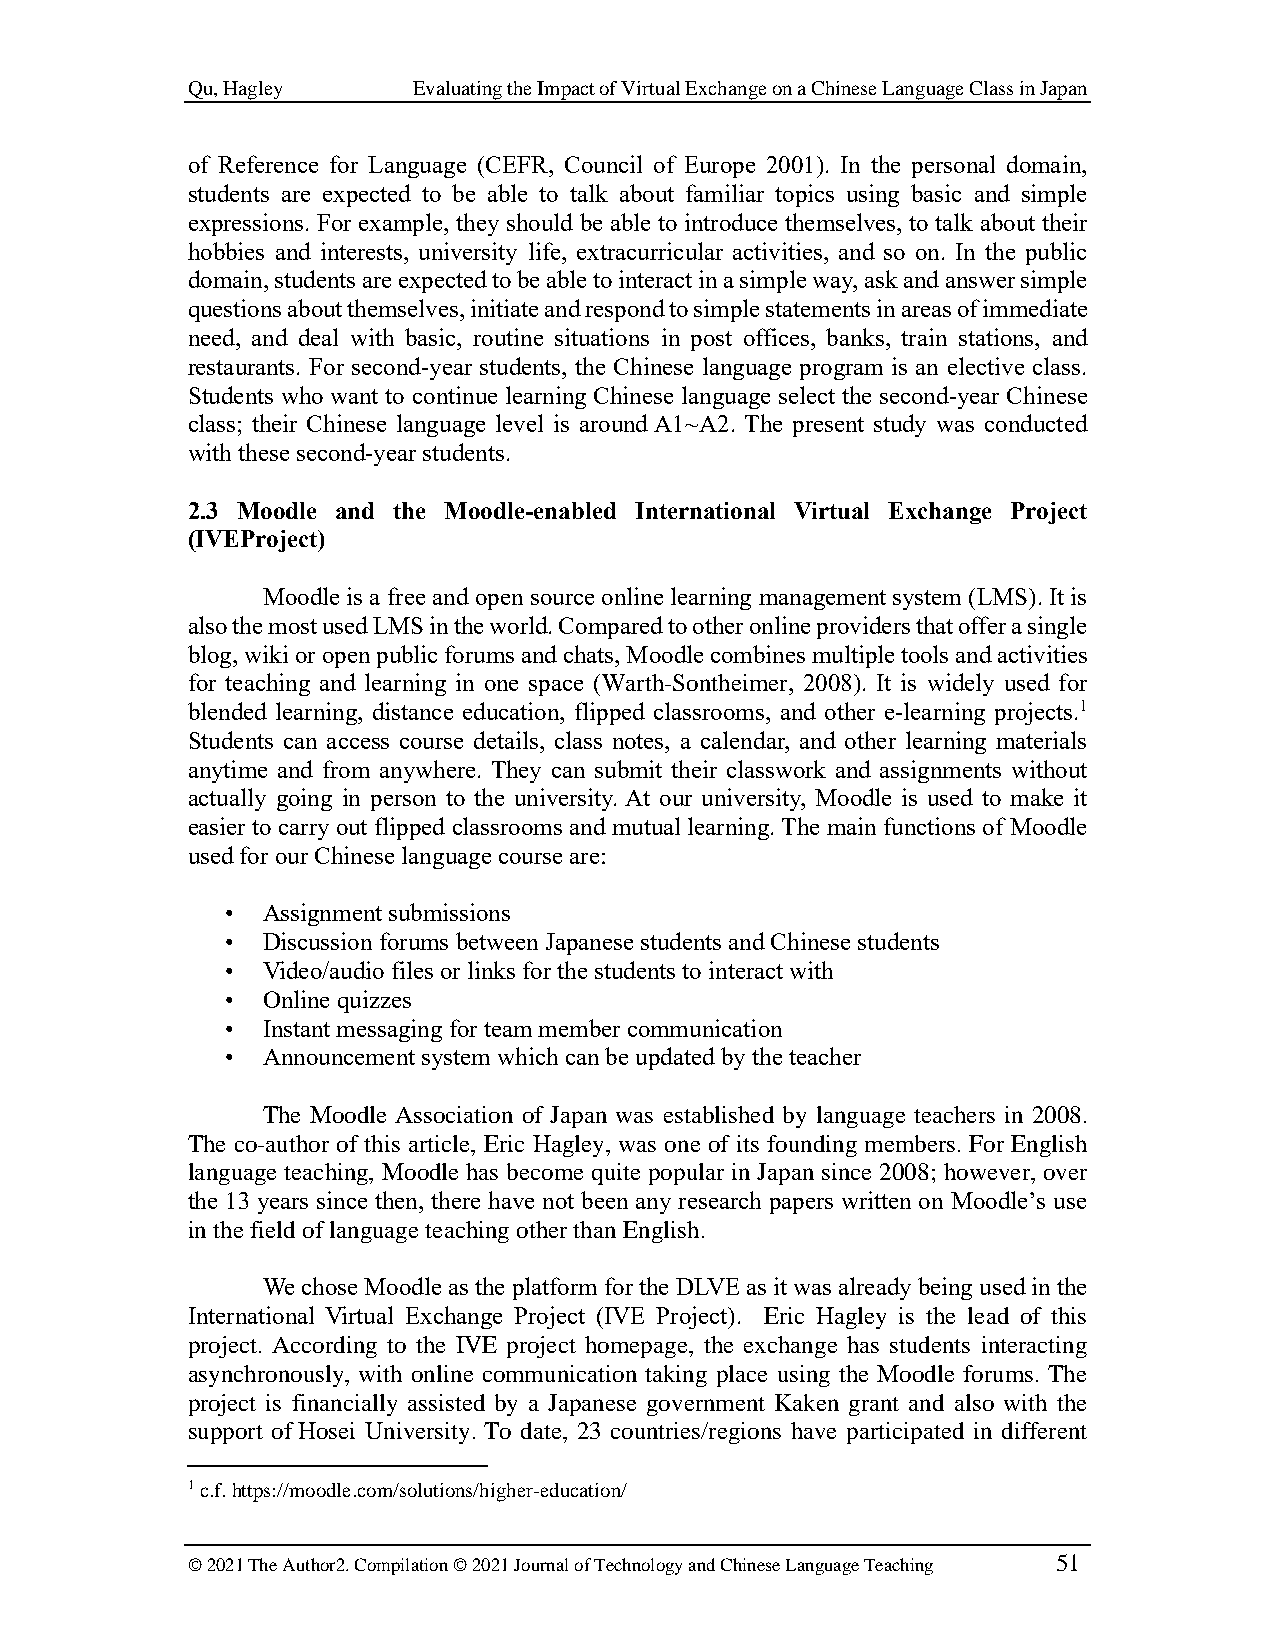
Qu, Hagley     Evaluating the Impact of Virtual Exchange on a Chinese Language Class in Japan
 of Reference for Language (CEFR, Council of Europe 2001). In the personal domain,
 students are expected to be able to talk about familiar topics using basic and simple
 expressions. For example, they should be able to introduce themselves, to talk about their
 hobbies and interests, university life, extracurricular activities, and so on. In the public
 domain, students are expected to be able to interact in a simple way, ask and answer simple
 questions about themselves, initiate and respond to simple statements in areas of immediate
 need, and deal with basic, routine situations in post offices, banks, train stations, and
 restaurants. For second-year students, the Chinese language program is an elective class.
 Students who want to continue learning Chinese language select the second-year Chinese
 class; their Chinese language level is around A1~A2. The present study was conducted
 with these second-year students.
 2.3 Moodle and the Moodle-enabled International Virtual Exchange Project
 (IVEProject)
 Moodle is a free and open source online learning management system (LMS). It is
 also the most used LMS in the world. Compared to other online providers that offer a single
 blog, wiki or open public forums and chats, Moodle combines multiple tools and activities
 for teaching and learning in one space (Warth-Sontheimer, 2008). It is widely used for
 blended learning, distance education, flipped classrooms, and other e-learning projects.1
 Students can access course details, class notes, a calendar, and other learning materials
 anytime and from anywhere. They can submit their classwork and assignments without
 actually going in person to the university. At our university, Moodle is used to make it
 easier to carry out flipped classrooms and mutual learning. The main functions of Moodle
 used for our Chinese language course are:
 • Assignment submissions
 • Discussion forums between Japanese students and Chinese students
 • Video/audio files or links for the students to interact with
 • Online quizzes
 • Instant messaging for team member communication
 • Announcement system which can be updated by the teacher
 The Moodle Association of Japan was established by language teachers in 2008.
 The co-author of this article, Eric Hagley, was one of its founding members. For English
 language teaching, Moodle has become quite popular in Japan since 2008; however, over
 the 13 years since then, there have not been any research papers written on Moodle’s use
 in the field of language teaching other than English.
 We chose Moodle as the platform for the DLVE as it was already being used in the
 International Virtual Exchange Project (IVE Project). Eric Hagley is the lead of this
 project. According to the IVE project homepage, the exchange has students interacting
 asynchronously, with online communication taking place using the Moodle forums. The
 project is financially assisted by a Japanese government Kaken grant and also with the
 support of Hosei University. To date, 23 countries/regions have participated in different
 1 c.f. https://moodle.com/solutions/higher-education/
 © 2021 The Author2. Compilation © 2021 Journal of Technology and Chinese Language Teaching 51